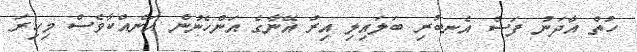
ހުތް އާދަނު ފަސް އެނބުރި ބަލައިލި އިރު އޭނާގެ އަންހެނުން އަނެއްކާވެސް މިހިރަ